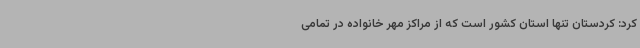
کرد: کردستان تنها استان کشور است که از مراکز مهر خانواده در تمامی